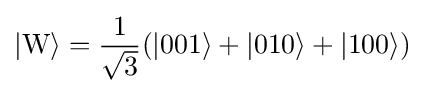
|\mathrm {W} \rangle ={\frac {1}{\sqrt {3}}}(|001\rangle +|010\rangle +|100\rangle )